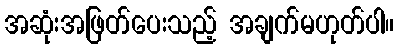
အဆုံးအဖြတ်ပေးသည့် အချက်မဟုတ်ပါ။